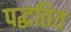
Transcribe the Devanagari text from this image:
पद्धतित